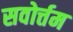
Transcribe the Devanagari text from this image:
सवोर्त्तम